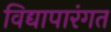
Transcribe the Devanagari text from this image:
विद्यापारंगत